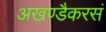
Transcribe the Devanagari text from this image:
अखण्डैकरसं